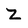
Character: Z